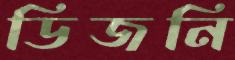
ডিজনি